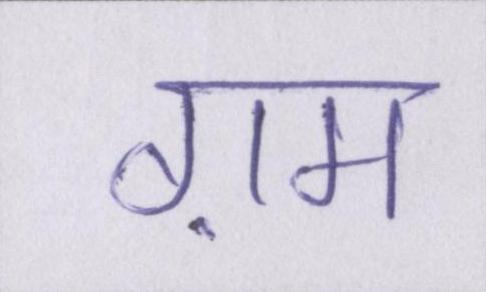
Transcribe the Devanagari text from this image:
ग़म